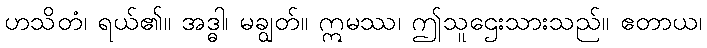
ဟသိတံ၊ ရယ်၏။ အဒ္ဓါ၊ မချွတ်။ ဣမဿ၊ ဤသူဌေးသားသည်။ ဧတာယ၊